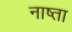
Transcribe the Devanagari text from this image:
नाष्ता